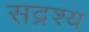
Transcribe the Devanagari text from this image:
सद्रश्य